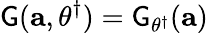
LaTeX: \mathsf{G}(\mathbf{{a}},{\theta}^{\dagger})=\mathsf{G}_{\theta^{\dagger}}(\mathbf{{a}})